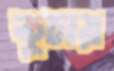
কুচায়